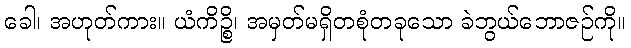
ခေါ၊ အဟုတ်ကား။ ယံကိဉ္စိ၊ အမှတ်မရှိတစုံတခုသော ခဲဘွယ်ဘောဇဉ်ကို။